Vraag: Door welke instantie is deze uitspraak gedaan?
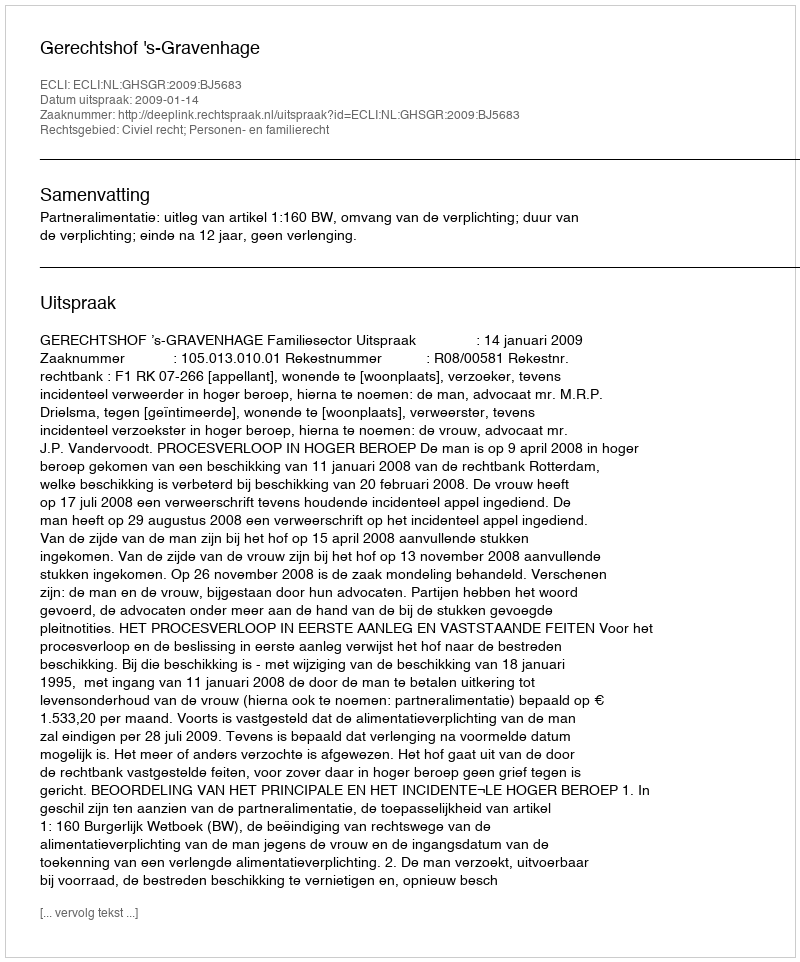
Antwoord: Gerechtshof 's-Gravenhage